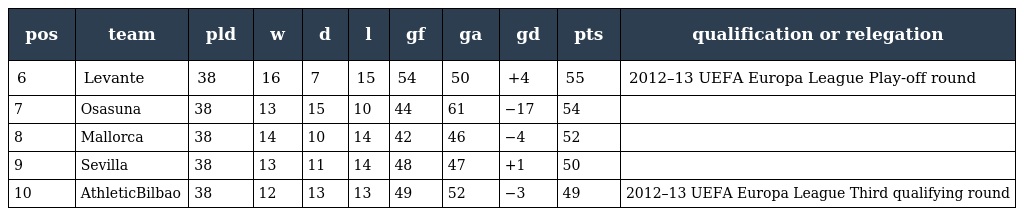
| pos | team | pld | w | d | l | gf | ga | gd | pts | qualification or relegation |
 | --- | --- | --- | --- | --- | --- | --- | --- | --- | --- | --- |
 | 6 | Levante | 38 | 16 | 7 | 15 | 54 | 50 | +4 | 55 | 2012–13 UEFA Europa League Play-off round |
 | 7 | Osasuna | 38 | 13 | 15 | 10 | 44 | 61 | −17 | 54 |  |
 | 8 | Mallorca | 38 | 14 | 10 | 14 | 42 | 46 | −4 | 52 |  |
 | 9 | Sevilla | 38 | 13 | 11 | 14 | 48 | 47 | +1 | 50 |  |
 | 10 | AthleticBilbao | 38 | 12 | 13 | 13 | 49 | 52 | −3 | 49 | 2012–13 UEFA Europa League Third qualifying round |